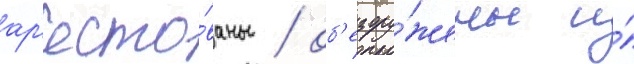
ар'есто́ваны / об'езору́жены и́